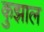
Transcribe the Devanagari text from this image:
कुझाल